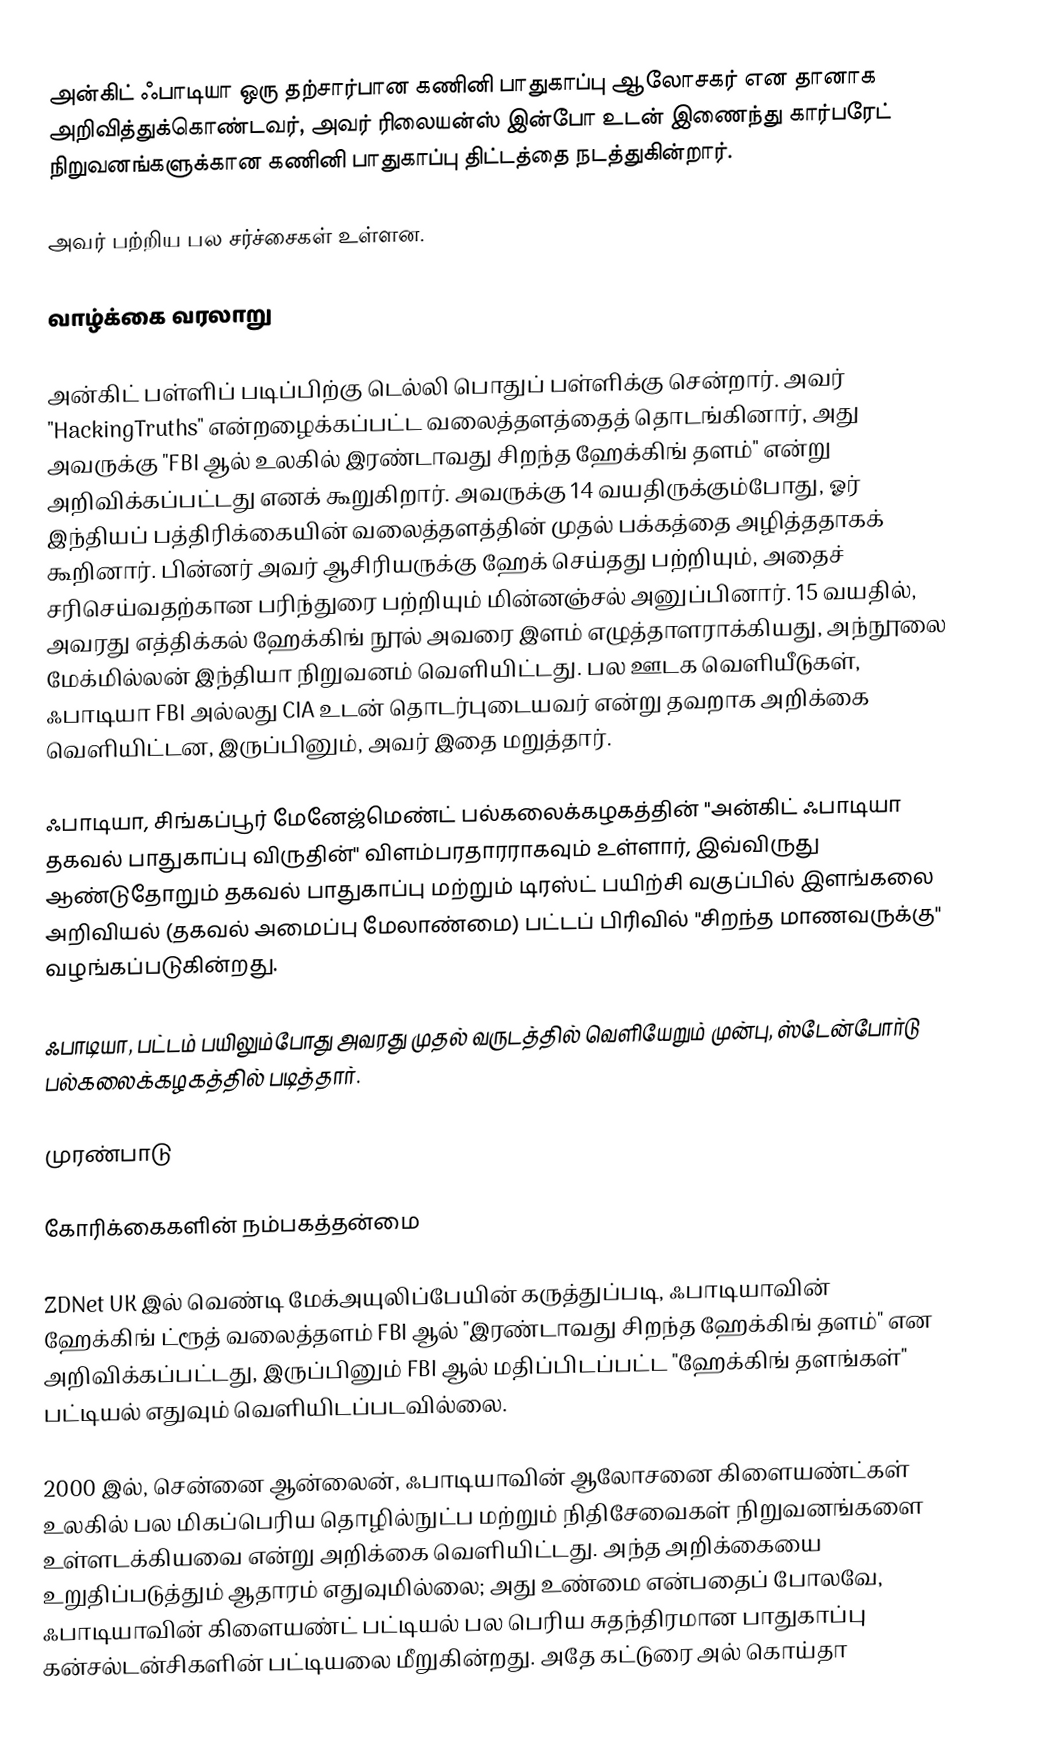
அன்கிட் ஃபாடியா  ஒரு தற்சார்பான கணினி பாதுகாப்பு ஆலோசகர் என தானாக அறிவித்துக்கொண்டவர், அவர் ரிலையன்ஸ் இன்போ உடன் இணைந்து கார்பரேட் நிறுவனங்களுக்கான கணினி பாதுகாப்பு திட்டத்தை நடத்துகின்றார்.

அவர் பற்றிய பல சர்ச்சைகள் உள்ளன.

வாழ்க்கை வரலாறு

அன்கிட் பள்ளிப் படிப்பிற்கு டெல்லி பொதுப் பள்ளிக்கு சென்றார். அவர் "HackingTruths" என்றழைக்கப்பட்ட வலைத்தளத்தைத் தொடங்கினார், அது அவருக்கு "FBI ஆல் உலகில் இரண்டாவது சிறந்த ஹேக்கிங் தளம்" என்று அறிவிக்கப்பட்டது எனக் கூறுகிறார். அவருக்கு 14 வயதிருக்கும்போது, ஓர் இந்தியப் பத்திரிக்கையின் வலைத்தளத்தின் முதல் பக்கத்தை அழித்ததாகக் கூறினார். பின்னர் அவர் ஆசிரியருக்கு ஹேக் செய்தது பற்றியும், அதைச் சரிசெய்வதற்கான பரிந்துரை பற்றியும் மின்னஞ்சல் அனுப்பினார். 15 வயதில், அவரது எத்திக்கல் ஹேக்கிங் நூல் அவரை இளம் எழுத்தாளராக்கியது, அந்நூலை மேக்மில்லன் இந்தியா நிறுவனம் வெளியிட்டது. பல ஊடக வெளியீடுகள், ஃபாடியா FBI அல்லது CIA உடன் தொடர்புடையவர் என்று தவறாக அறிக்கை வெளியிட்டன, இருப்பினும், அவர் இதை மறுத்தார்.

ஃபாடியா, சிங்கப்பூர் மேனேஜ்மெண்ட் பல்கலைக்கழகத்தின் "அன்கிட் ஃபாடியா தகவல் பாதுகாப்பு விருதின்" விளம்பரதாரராகவும் உள்ளார், இவ்விருது ஆண்டுதோறும் தகவல் பாதுகாப்பு மற்றும் டிரஸ்ட் பயிற்சி வகுப்பில் இளங்கலை அறிவியல் (தகவல் அமைப்பு மேலாண்மை) பட்டப் பிரிவில் "சிறந்த மாணவருக்கு" வழங்கப்படுகின்றது.

ஃபாடியா, பட்டம் பயிலும்போது அவரது முதல் வருடத்தில் வெளியேறும் முன்பு, ஸ்டேன்போர்டு பல்கலைக்கழகத்தில் படித்தார்.

முரண்பாடு

கோரிக்கைகளின் நம்பகத்தன்மை

ZDNet UK இல் வெண்டி மேக்அயுலிப்பேயின் கருத்துப்படி, ஃபாடியாவின் ஹேக்கிங் ட்ரூத் வலைத்தளம் FBI ஆல் "இரண்டாவது சிறந்த ஹேக்கிங் தளம்" என அறிவிக்கப்பட்டது, இருப்பினும் FBI ஆல் மதிப்பிடப்பட்ட "ஹேக்கிங் தளங்கள்" பட்டியல் எதுவும் வெளியிடப்படவில்லை.

2000 இல், சென்னை ஆன்லைன், ஃபாடியாவின் ஆலோசனை கிளையண்ட்கள் உலகில் பல மிகப்பெரிய தொழில்நுட்ப மற்றும் நிதிசேவைகள் நிறுவனங்களை உள்ளடக்கியவை என்று அறிக்கை வெளியிட்டது. அந்த அறிக்கையை உறுதிப்படுத்தும் ஆதாரம் எதுவுமில்லை; அது உண்மை என்பதைப் போலவே, ஃபாடியாவின் கிளையண்ட் பட்டியல் பல பெரிய சுதந்திரமான பாதுகாப்பு கன்சல்டன்சிகளின் பட்டியலை மீறுகின்றது. அதே கட்டுரை அல் கொய்தா